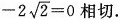
- 2 \sqrt { 2 } = 0$$ 相切。